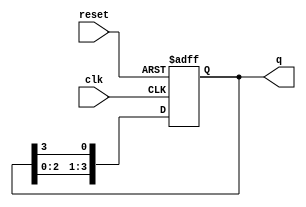
module ring_counter (
    input wire clk,        // Clock signal
    input wire reset,      // Asynchronous reset signal
    output reg [N-1:0] q   // Output state of the ring counter
);
    parameter N = 4;       // Number of flip-flops (states in the ring counter)

    // Initial state
    initial begin
        q = 1; // Start with the first flip-flop set (0001 for N=4)
    end

    always @(posedge clk or posedge reset) begin
        if (reset) begin
            q <= 1; // Reset to 000...001
        end else begin
            q <= {q[N-2:0], q[N-1]}; // Shift the '1' through the ring
        end
    end
endmodule